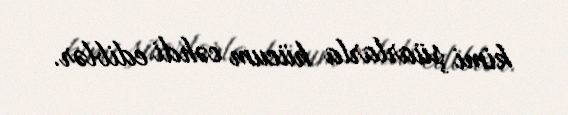
kimi şüarlarla hücum cəhdi ediblər.